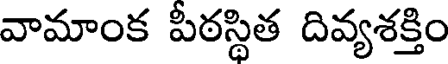
వామాంక పీఠస్థిత దివ్యశక్తిం